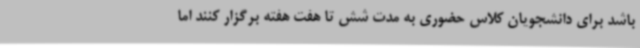
باشد برای دانشجویان کلاس حضوری به مدت شش تا هفت هفته برگزار کنند اما